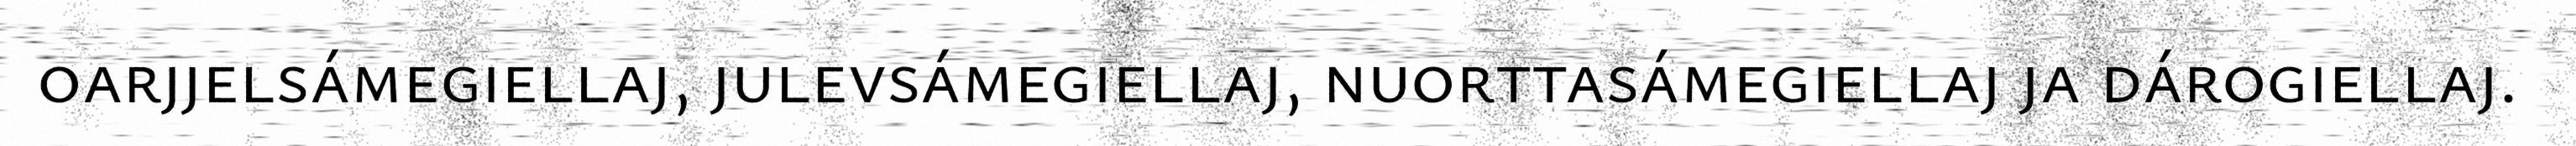
oarjjelsámegiellaj, julevsámegiellaj, nuorttasámegiellaj ja dárogiellaj.